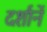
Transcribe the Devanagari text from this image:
दर्शानें